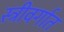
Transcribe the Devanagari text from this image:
स्त्रीवर्गात